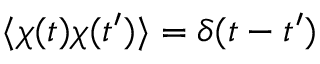
\langle \chi ( t ) \chi ( t ^ { \prime } ) \rangle = \delta ( t - t ^ { \prime } )